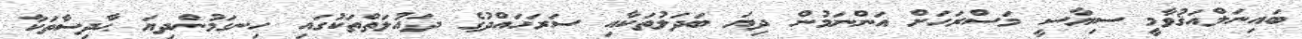
ބައިނަލްއަޤުވާމީ ސިޔާސީ މަސްރަހަށް އަންނަމުން ދިޔަ ބަދަލުތަކާއި ސަރަހައްދުގެ ދައުލަތްތަކުގައި ހިނގަމުންދިޔަ ޙާދިސާތަކާ